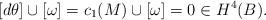
LaTeX: \begin{align*}[d\theta] \cup [\omega] =c_1(M) \cup [\omega]= 0 \in H^4(B). \end{align*}